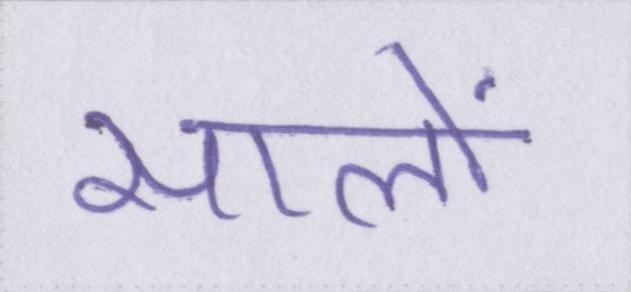
सालों